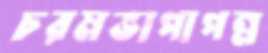
চরমভাপাপন্ন